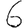
Digit: 6